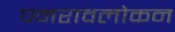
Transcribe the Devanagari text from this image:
पनरावलोकन